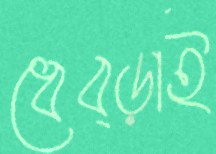
ধেব্‌ড়াই